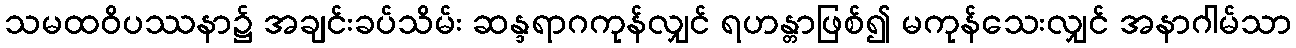
သမထဝိပဿနာ၌ အချင်းခပ်သိမ်း ဆန္ဒရာဂကုန်လျှင် ရဟန္တာဖြစ်၍ မကုန်သေးလျှင် အနာဂါမ်သာ